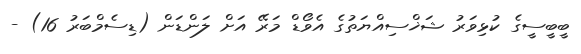
ބީބީސީގެ ކުޅިވަރު ޝަޚްސިއްޔަތުގެ އެވޯޑް މަރޭ އަށް ލަންޑަން (ޑިސެމްބަރު 16) -